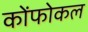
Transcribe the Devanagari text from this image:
कोंफोकल